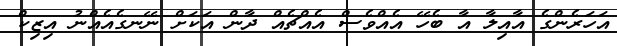
އަހަރެންގެ އާއިލާ އާ ބެހޭ އެއްވެސް އެއްޗެއް ދާން އަކަށް ނޭނގެއެއްނު އިޒިކް